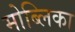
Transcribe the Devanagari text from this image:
मोब्लिका